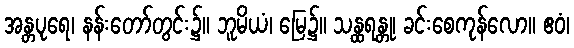
အန္တပုရေ၊ နန်းတော်တွင်း၌။ ဘူမိယံ၊ မြေ၌။ သန္ထရန္တု၊ ခင်းစေကုန်လော။ ဧဝံ၊